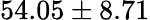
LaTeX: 54.05\pm 8.71